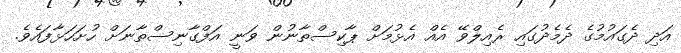
އަދި ދެގައުމުގެ ދެމެދުގައި ރެއިލްވޭ އެއް އެޅުމަށް ޕާކިސްތާނުން ވަނީ އަފްގާނިސްތާނަށް ހުށަހަޅާފައެވެ.